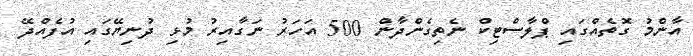
އާންމު ގޮތެއްގައި ޕްލާސްޓިކް ނެތިގެންދާން 500 އަހަރު ނަގާއިރު މުޅި ދުނިޔޭގައި އުފެއްދޭ